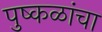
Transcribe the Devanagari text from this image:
पुष्कळांचा